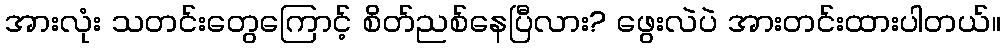
အားလုံး သတင်းတွေကြောင့် စိတ်ညစ်နေပြီလား? ဖွေးလဲပဲ အားတင်းထားပါတယ်။